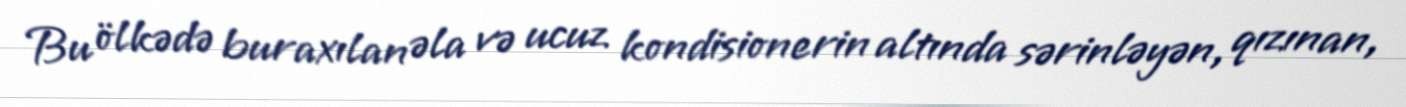
Bu ölkədə buraxılan əla və ucuz kondisionerin altında sərinləyən, qızınan,